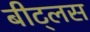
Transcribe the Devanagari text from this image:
बीट्लस